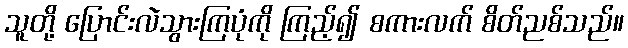
သူတို့ ပြောင်းလဲသွားကြပုံကို ကြည့်၍ စကားလက် စိတ်ညစ်သည်။